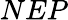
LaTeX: NEP